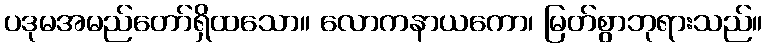
ပဒုမအမည်တော်ရှိထသော။ လောကနာယကော၊ မြတ်စွာဘုရားသည်။